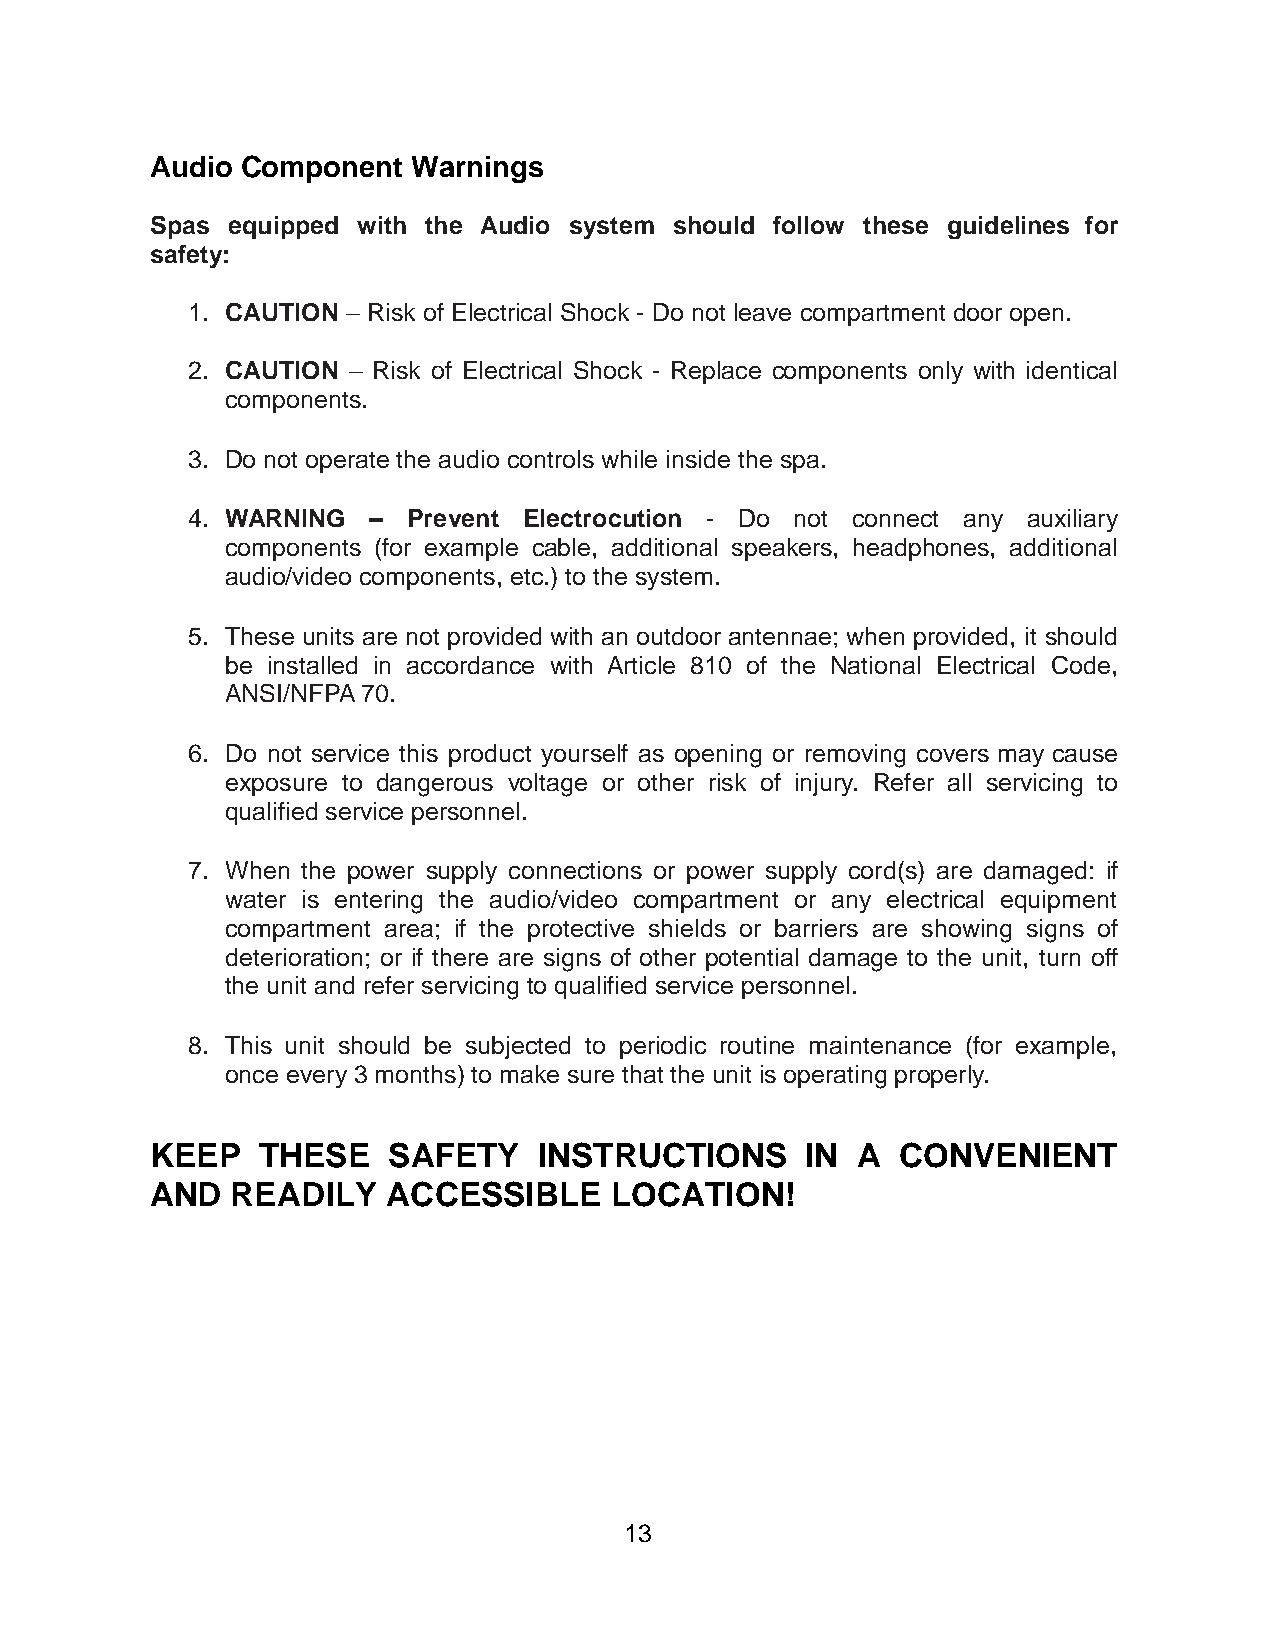
Audio Component  Warnings
 Spas equipped with the Audio system should follow these guidelines for
 safety:
 1. CAUTION – Risk of Electrical Shock - Do not leave compartment door open.
 2. CAUTION – Risk of Electrical Shock - Replace components only with identical
 components.
 3. Do not operate the audio controls while inside the spa.
 4. WARNING  –  Prevent Electrocution - Do not connect any auxiliary
 components (for example cable, additional speakers, headphones, additional
 audio/video components, etc.) to the system.
 5. These units are not provided with an outdoor antennae; when provided, it should
 be installed in accordance with Article 810 of the National Electrical Code,
 ANSI/NFPA 70.
 6. Do not service this product yourself as opening or removing covers may cause
 exposure to dangerous voltage or other risk of injury. Refer all servicing to
 qualified service personnel.
 7. When the power supply connections or power supply cord(s) are damaged: if
 water is entering the audio/video compartment or any electrical equipment
 compartment area; if the protective shields or barriers are showing signs of
 deterioration; or if there are signs of other potential damage to the unit, turn off
 the unit and refer servicing to qualified service personnel.
 8. This unit should be subjected to periodic routine maintenance (for example,
 once every 3 months) to make sure that the unit is operating properly.
 KEEP   THESE    SAFETY    INSTRUCTIONS     IN  A  CONVENIENT
 AND  READILY    ACCESSIBLE    LOCATION!
 13